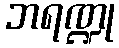
ဘရဏ္ဍု